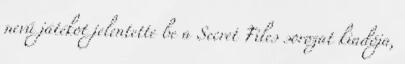
nevű játékot jelentette be a Secret Files sorozat kiadója,